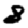
Digit: 8